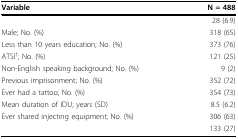
<table><thead><tr><td><b>Variable</b></td><td><b>N = 488</b></td></tr></thead><tbody><tr><td>[EMPTY_CELL]</td><td>28 (6.9)</td></tr><tr><td>Male; No. (%)</td><td>318 (65)</td></tr><tr><td>Less than 10 years education; No. (%)</td><td>373 (76)</td></tr><tr><td>ATSI<sup>†</sup>; No. (%)</td><td>121 (25)</td></tr><tr><td>Non-English speaking background; No. (%)</td><td>9 (2)</td></tr><tr><td>Previous imprisonment; No. (%)</td><td>352 (72)</td></tr><tr><td>Ever had a tattoo; No. (%)</td><td>354 (73)</td></tr><tr><td>Mean duration of IDU; years (SD)</td><td>8.5 (6.2)</td></tr><tr><td>Ever shared injecting equipment; No. (%)</td><td>306 (63)</td></tr><tr><td>[EMPTY_CELL]</td><td>133 (27)</td></tr></tbody></table>